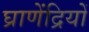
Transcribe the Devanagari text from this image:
घ्राणेंद्रियों